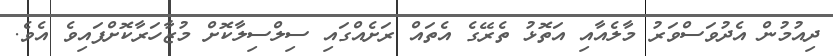
ދިއުމުން އެދުވަސްވަރު މާލެއާއި އަތޮޅު ތެރޭގެ އެތައް ރަށެއްގައި ސިލްސިލާކޮށް މުޒާހަރާކޮށްފައިވެ އެވެ.